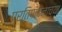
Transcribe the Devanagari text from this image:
प्रतिपादनाच्या